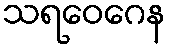
သရဝေဂေန